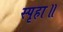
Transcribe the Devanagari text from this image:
स्पृहा॥